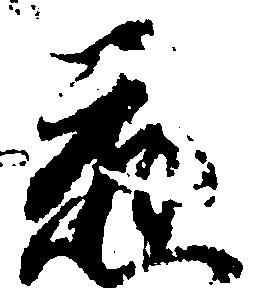
応